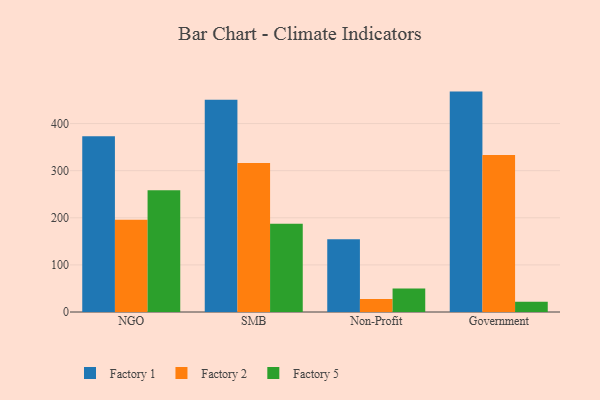
{"axis": {"x": "Segment", "y": "Satisfaction Score"}, "legend": ["Factory 1", "Factory 2", "Factory 5"], "data": [{"x": "NGO", "y": 373.3, "type": "Factory 1"}, {"x": "NGO", "y": 195.9, "type": "Factory 2"}, {"x": "NGO", "y": 258.5, "type": "Factory 5"}, {"x": "SMB", "y": 450.5, "type": "Factory 1"}, {"x": "SMB", "y": 316.1, "type": "Factory 2"}, {"x": "SMB", "y": 187.3, "type": "Factory 5"}, {"x": "Non-Profit", "y": 154.7, "type": "Factory 1"}, {"x": "Non-Profit", "y": 27.6, "type": "Factory 2"}, {"x": "Non-Profit", "y": 49.7, "type": "Factory 5"}, {"x": "Government", "y": 467.9, "type": "Factory 1"}, {"x": "Government", "y": 333.2, "type": "Factory 2"}, {"x": "Government", "y": 21.7, "type": "Factory 5"}]}